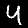
Digit: 4